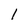
Character: 1